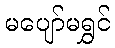
မပျော်မရွှင်